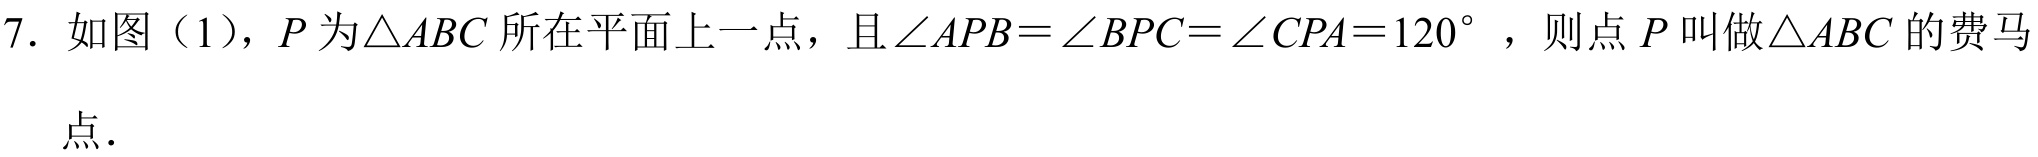
7. 如图（1），\(P\)为\(\triangle ABC\)所在平面上一点，且\(\angle APB=\angle BPC=\angle CPA = 120^{\circ}\) ，则点\(P\)叫做\(\triangle ABC\)的费马点．